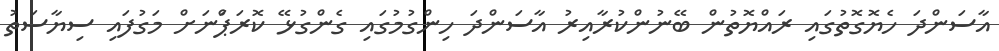
އާސަންދަ ހެޔޮގޮތުގައި ރައްޔޮތުން ބޭނުންކުރާއިރު އާސަންދަ ހިންގުމުގައި ގެންގުޅޭ ކޮރަޕްަނަށް މަގުފައި ސިޔާސަތު